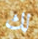
لك